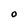
Character: O